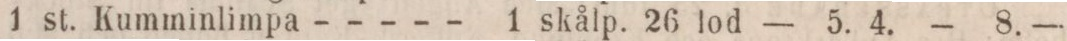
1 st. Kumminlimpa-------------1 skålp. 26 lod    — 5. 4.    — 8.—